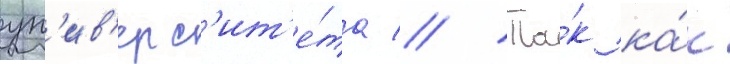
ун'ив'ерс'ит'е́та // Та́к ка́к